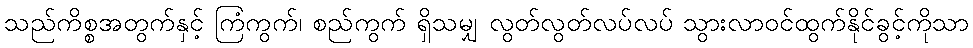
သည်ကိစ္စအတွက်နှင့် ကြံကွက်၊ စည်ကွက် ရှိသမျှ လွတ်လွတ်လပ်လပ် သွားလာဝင်ထွက်နိုင်ခွင့်ကိုသာ